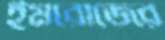
ইমরোজের